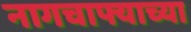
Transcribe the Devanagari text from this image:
नागचाफ्याच्या